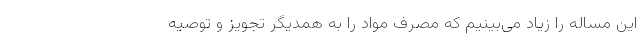
این مساله را زیاد می‌بینیم که مصرف مواد را به همدیگر تجویز و توصیه